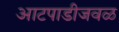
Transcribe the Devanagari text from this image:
आटपाडीजवळ